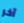
آخر